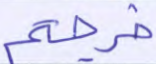
خرجتم